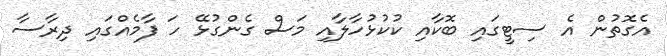
އެގޮތުން އެ ސިޓީގައި ބޮކާއި ކުކުޅުހާލާއި މަސް ގެންގުޅޭ ހަ ފާމެއްގައި ދިރާސާ